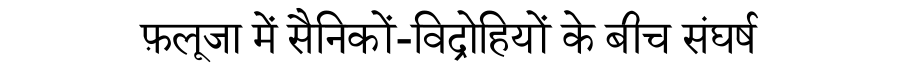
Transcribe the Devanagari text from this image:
फ़लूजा में सैनिकों-विद्रोहियों के बीच संघर्ष